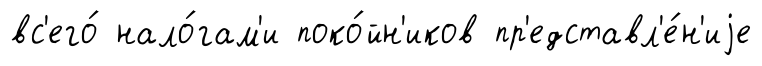
вс'его́ нало́гам'и поко́йн'иков пр'едставл'е́н'иjе